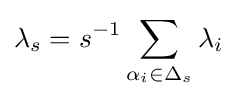
\lambda _{s}=s^{-1}\sum _{\alpha _{i}\in \Delta _{s}}\lambda _{i}